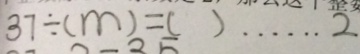
3 7 \div ( m ) = ( ) \cdots 2